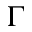
\Gamma